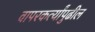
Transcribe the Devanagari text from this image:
वापरकर्त्यांपुढील